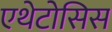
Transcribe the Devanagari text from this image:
एथेटोसिस